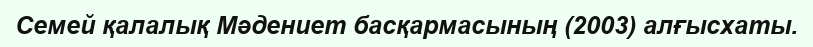
Семей қалалық Мәдениет басқармасының (2003) алғысхаты.